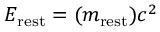
E _ { \mathrm { r e s t } } = ( m _ { \mathrm { r e s t } } ) c ^ { 2 }